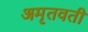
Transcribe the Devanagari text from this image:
अमृतवती